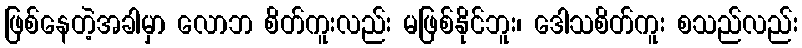
ဖြစ်နေတဲ့အခါမှာ လောဘ စိတ်ကူးလည်း မဖြစ်နိုင်ဘူး၊ ဒေါသစိတ်ကူး စသည်လည်း